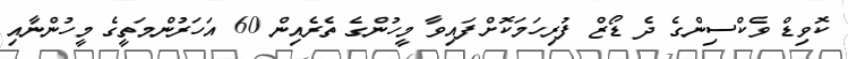
ކޮވިޑް ވެކްސިންގެ ދެ ޑޯޒް ފުރިހަމަކޮށްފައިވާ މީހުންގެ ތެރެއިން 60 އަހަރުންމަތީގެ މީހުންނާއި